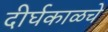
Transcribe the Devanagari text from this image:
दीर्घकाळचे